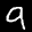
Label: 9